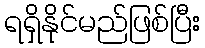
ရရှိနိုင်မည်ဖြစ်ပြီး